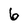
Character: 6